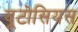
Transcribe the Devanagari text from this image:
यूटोसियस